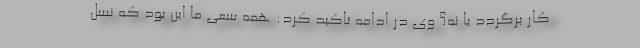
کار برگردد یا نه؟ وی در ادامه تاکید کرد: همه سعی ما این بود که نسل